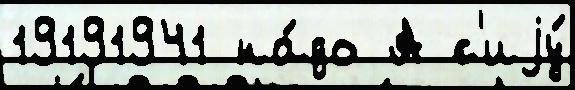
19191941 на́до А с'иjу́